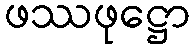
ဖဿဖုဋ္ဌော